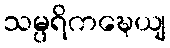
သမ္ပရိကဍ္ဎေယျ